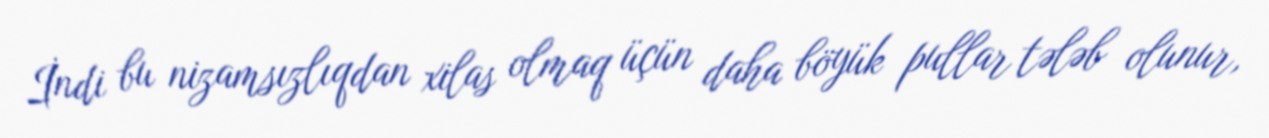
İndi bu nizamsızlıqdan xilas olmaq üçün daha böyük pullar tələb olunur,